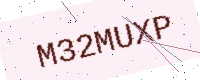
Text: M32MUXP